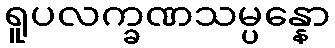
ရူပလက္ခဏသမ္ပန္နော